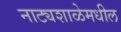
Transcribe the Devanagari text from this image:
नाट्यशाळेमधील